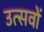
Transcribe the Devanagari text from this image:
उत्‍सवों